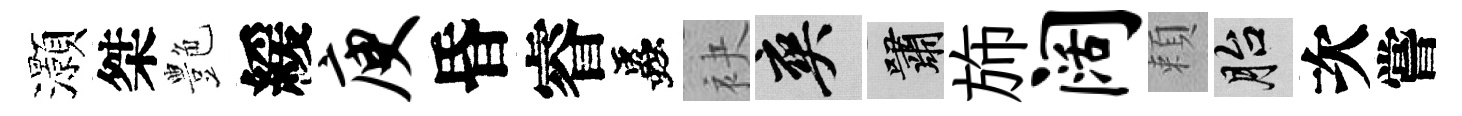
灝桀艶緩庾昏睿蟲袂爽嘯斾阔頼胎次嘗